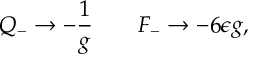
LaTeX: Q _ { - } \rightarrow - { \frac { 1 } { g } } \qquad F _ { - } \rightarrow - 6 \epsilon g ,